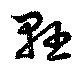
懸